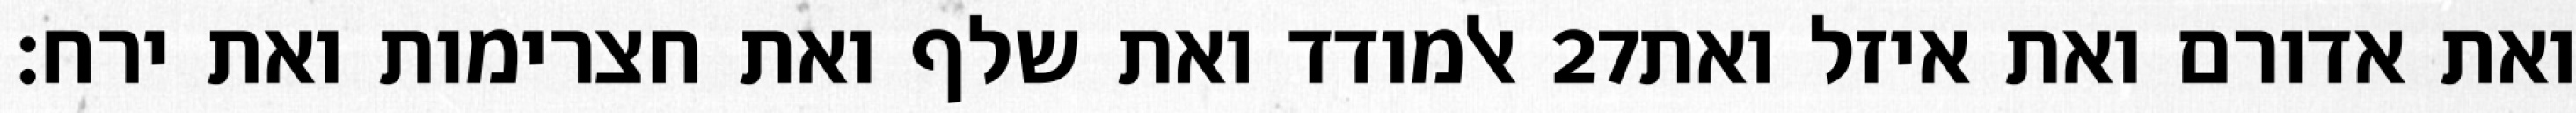
אלמודד ואת שלף ואת חצרימות ואת ירח׃ ‎27‏ ואת אדורם ואת איזל ואת